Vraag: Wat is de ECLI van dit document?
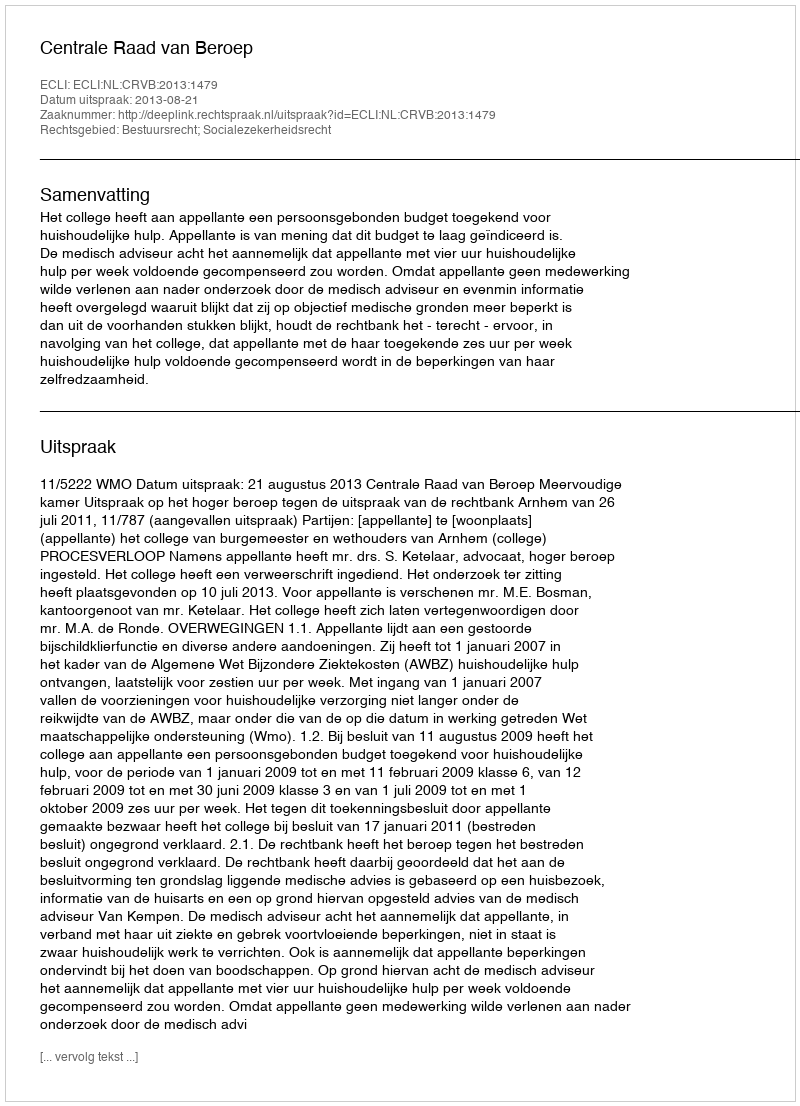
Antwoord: ECLI:NL:CRVB:2013:1479